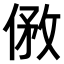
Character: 𠊮